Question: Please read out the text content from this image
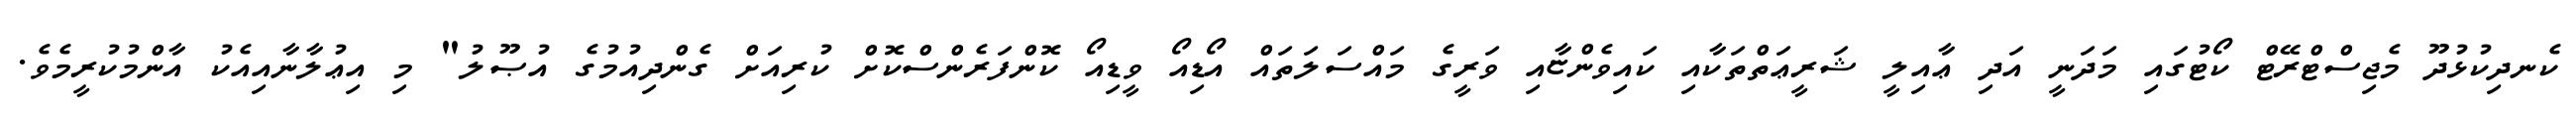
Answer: ކެނދިކުޅުދޫ މެޖިސްޓްރޭޓް ކޯޓުގައި މަދަނީ އަދި ޢާއިލީ ޝަރީޢަތްތަކާއި ކައިވެންޏާއި ވަރީގެ މައްސަލަތައް އޯޑިއޯ ވީޑިއޯ ކޮންފަރެންސްކޮށް ކުރިއަށް ގެންދިއުމުގެ އުޞޫލު" މި އިޢުލާނާއިއެކު އާންމުކުރީމެވެ.